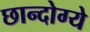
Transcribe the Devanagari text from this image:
छान्दोग्ये